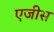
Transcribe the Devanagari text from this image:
एजीस